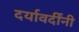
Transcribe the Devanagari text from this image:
दर्यावर्दींनी